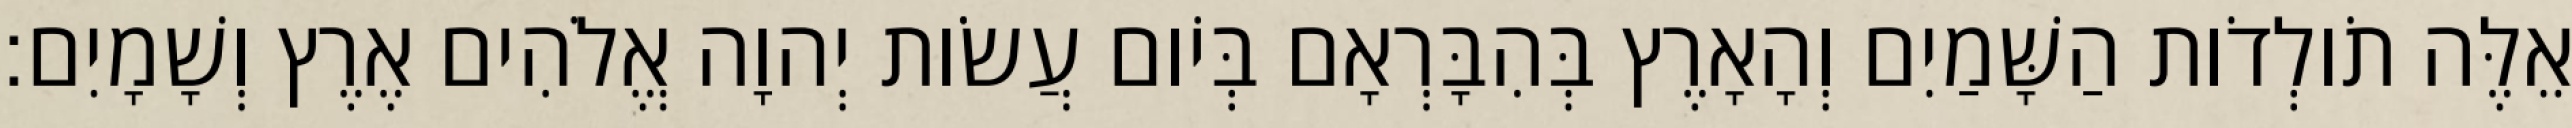
אֵלֶּה תֹולְדֹות הַשָּׁמַיִם וְהָאָרֶץ בְּהִבָּרְאָם בְּיֹום עֲשֹׂות יְהוָה אֱלֹהִים אֶרֶץ וְשָׁמָיִם׃